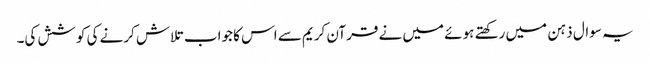
یہ سوال ذہن میں رکھتے ہوئے میں نے قرآن کریم سے اس کا جواب تلاش کرنے کی کوشش کی۔